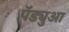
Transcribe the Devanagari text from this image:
पॅड्युआ